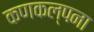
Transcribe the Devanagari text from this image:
कणकल्पना